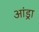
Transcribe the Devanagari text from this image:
आंड्रा